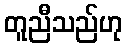
တူညီသည်ဟု